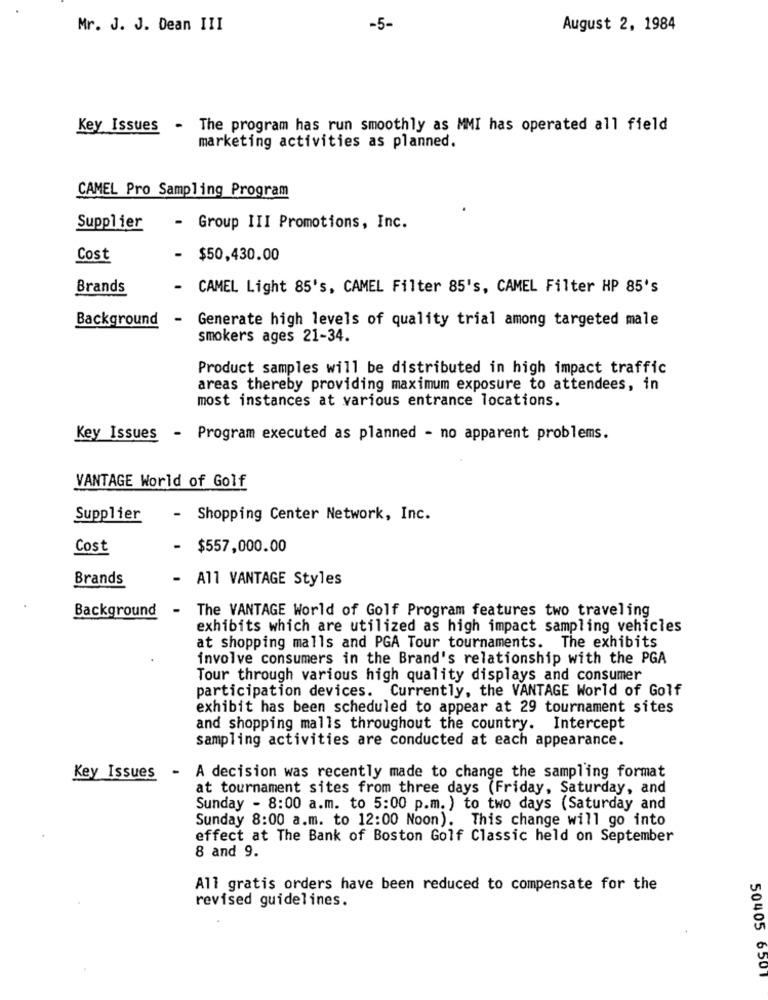
Mr. J. J. Dean III
-5-
August 2, 1984
Key Issues
.
The program has run smoothly as MMI has operated all field
marketing activities as planned.
CAMEL Pro Sampling Program
Supplier
- Group III Promotions, Inc.
Cost
-
$50,430.00
Brands
CAMEL Light 85's, CAMEL Filter 85's, CAMEL Filter HP 85's
Background
-
Generate high levels of quality trial among targeted male
smokers ages 21-34.
Product samples will be distributed in high impact traffic
areas thereby providing maximum exposure to attendees, in
most instances at various entrance locations.
Key Issues - Program executed as planned - no apparent problems.
VANTAGE World of Golf
Supplier
- Shopping Center Network, Inc.
Cost
-
$557,000.00
Brands
- A11 VANTAGE Styles
Background
The VANTAGE World of Golf Program features two traveling
exhibits which are utilized as high impact sampling vehicles
at shopping malls and PGA Tour tournaments. The exhibits
involve consumers in the Brand's relationship with the PGA
Tour through various high quality displays and consumer
participation devices. Currently, the VANTAGE World of Golf
exhibit has been scheduled to appear at 29 tournament sites
and shopping malls throughout the country. Intercept
sampling activities are conducted at each appearance.
Key Issues - A decision was recently made to change the sampling format
at tournament sites from three days (Friday, Saturday, and
Sunday - 8:00 a.m. to 5:00 p.m. ) to two days (Saturday and
Sunday 8:00 a.m. to 12:00 Noon). This change will go into
effect at The Bank of Boston Golf Classic held on September
8 and 9.
All gratis orders have been reduced to compensate for the
revised guidelines.
50405 6501